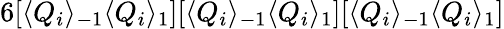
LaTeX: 6[\langle Q_{i}\rangle_{-1}\langle Q_{i}\rangle_{1}][\langle Q_{i}\rangle_{-1}\langle Q_{i}\rangle_{1}][\langle Q_{i}\rangle_{-1}\langle Q_{i}\rangle_{1}]